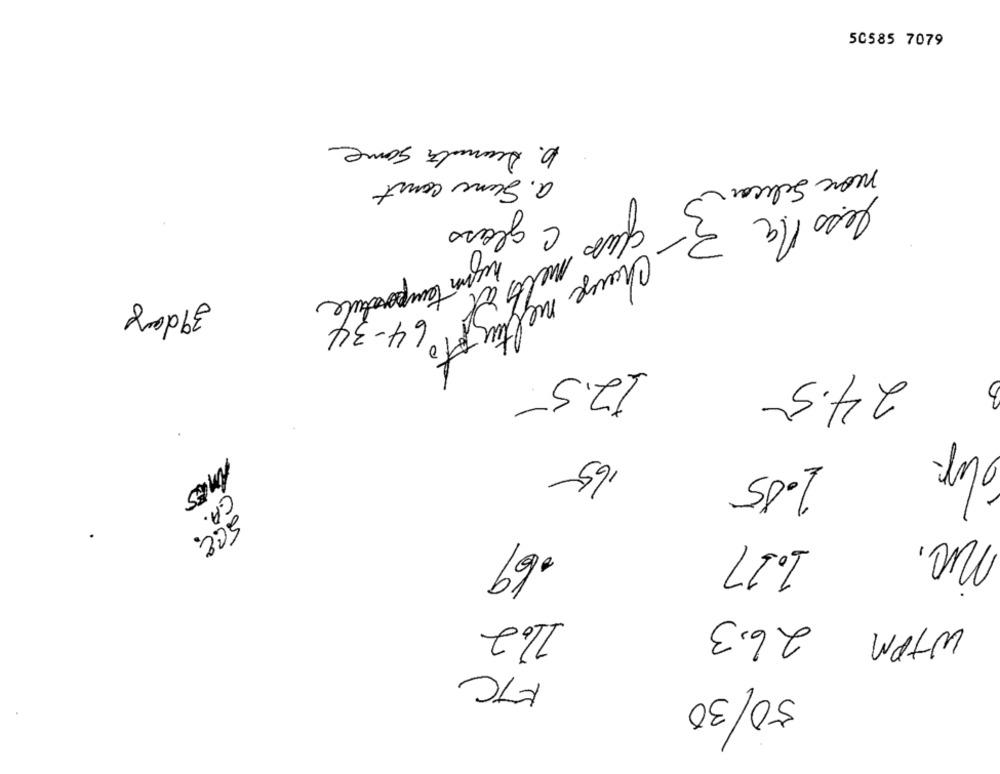
50585 7079
b. Deananta some
a. Sune court
move Selvcar
glas C glass
3
less na
high temperature
melts at
39 days
64-34
- Change meltuz oto
24.5
12.5.
65
1.05
C.A.
SCE.
.69
1.17
11.2
26.3
WTPM
FTC
50/30